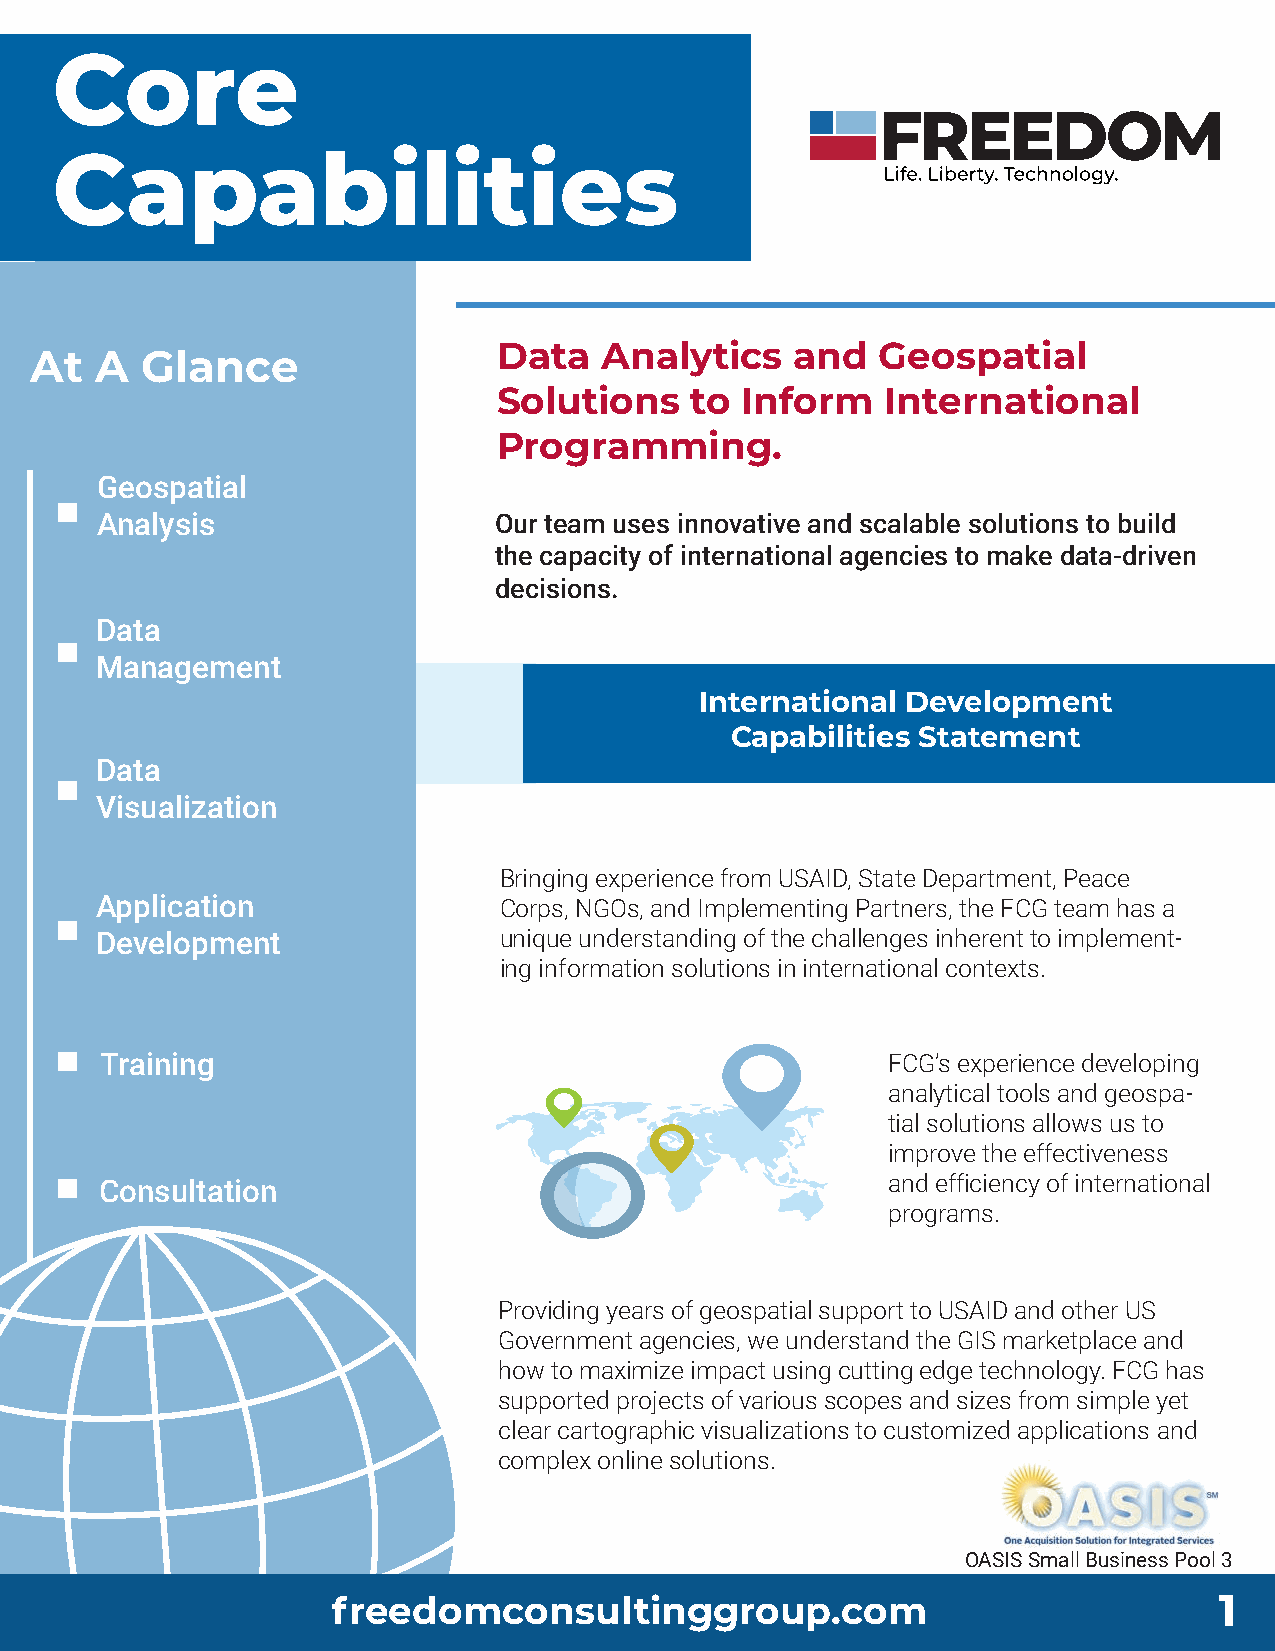
Core
 Capabilities
 Data   Analytics    and  Geospatial
 At  A  Glance
 Solutions    to Inform    International
 Programming.
 Geospatial
 Analysis                   Our team uses innovative and scalable solutions to build
 the capacity of international agencies to make data-driven
 decisions.
 Data
 Management
 International Development
 Capabilities Statement
 Data
 Visualization
 Bringing experience from USAID, State Department, Peace
 Application                Corps, NGOs, and Implementing Partners, the FCG team has a
 Development                unique understanding of the challenges inherent to implement-
 ing information solutions in international contexts.
 Training                                            FCG’s experience developing
 analytical tools and geospa-
 tial solutions allows us to
 improve the effectiveness
 Consultation                                        and efficiency of international
 programs.
 Providing years of geospatial support to USAID and other US
 Government agencies, we understand the GIS marketplace and
 how to maximize impact using cutting edge technology. FCG has
 supported projects of various scopes and sizes from simple yet
 clear cartographic visualizations to customized applications and
 complex online solutions.
 OASIS Small Business Pool 3
 freedomconsultinggroup.com                                 1